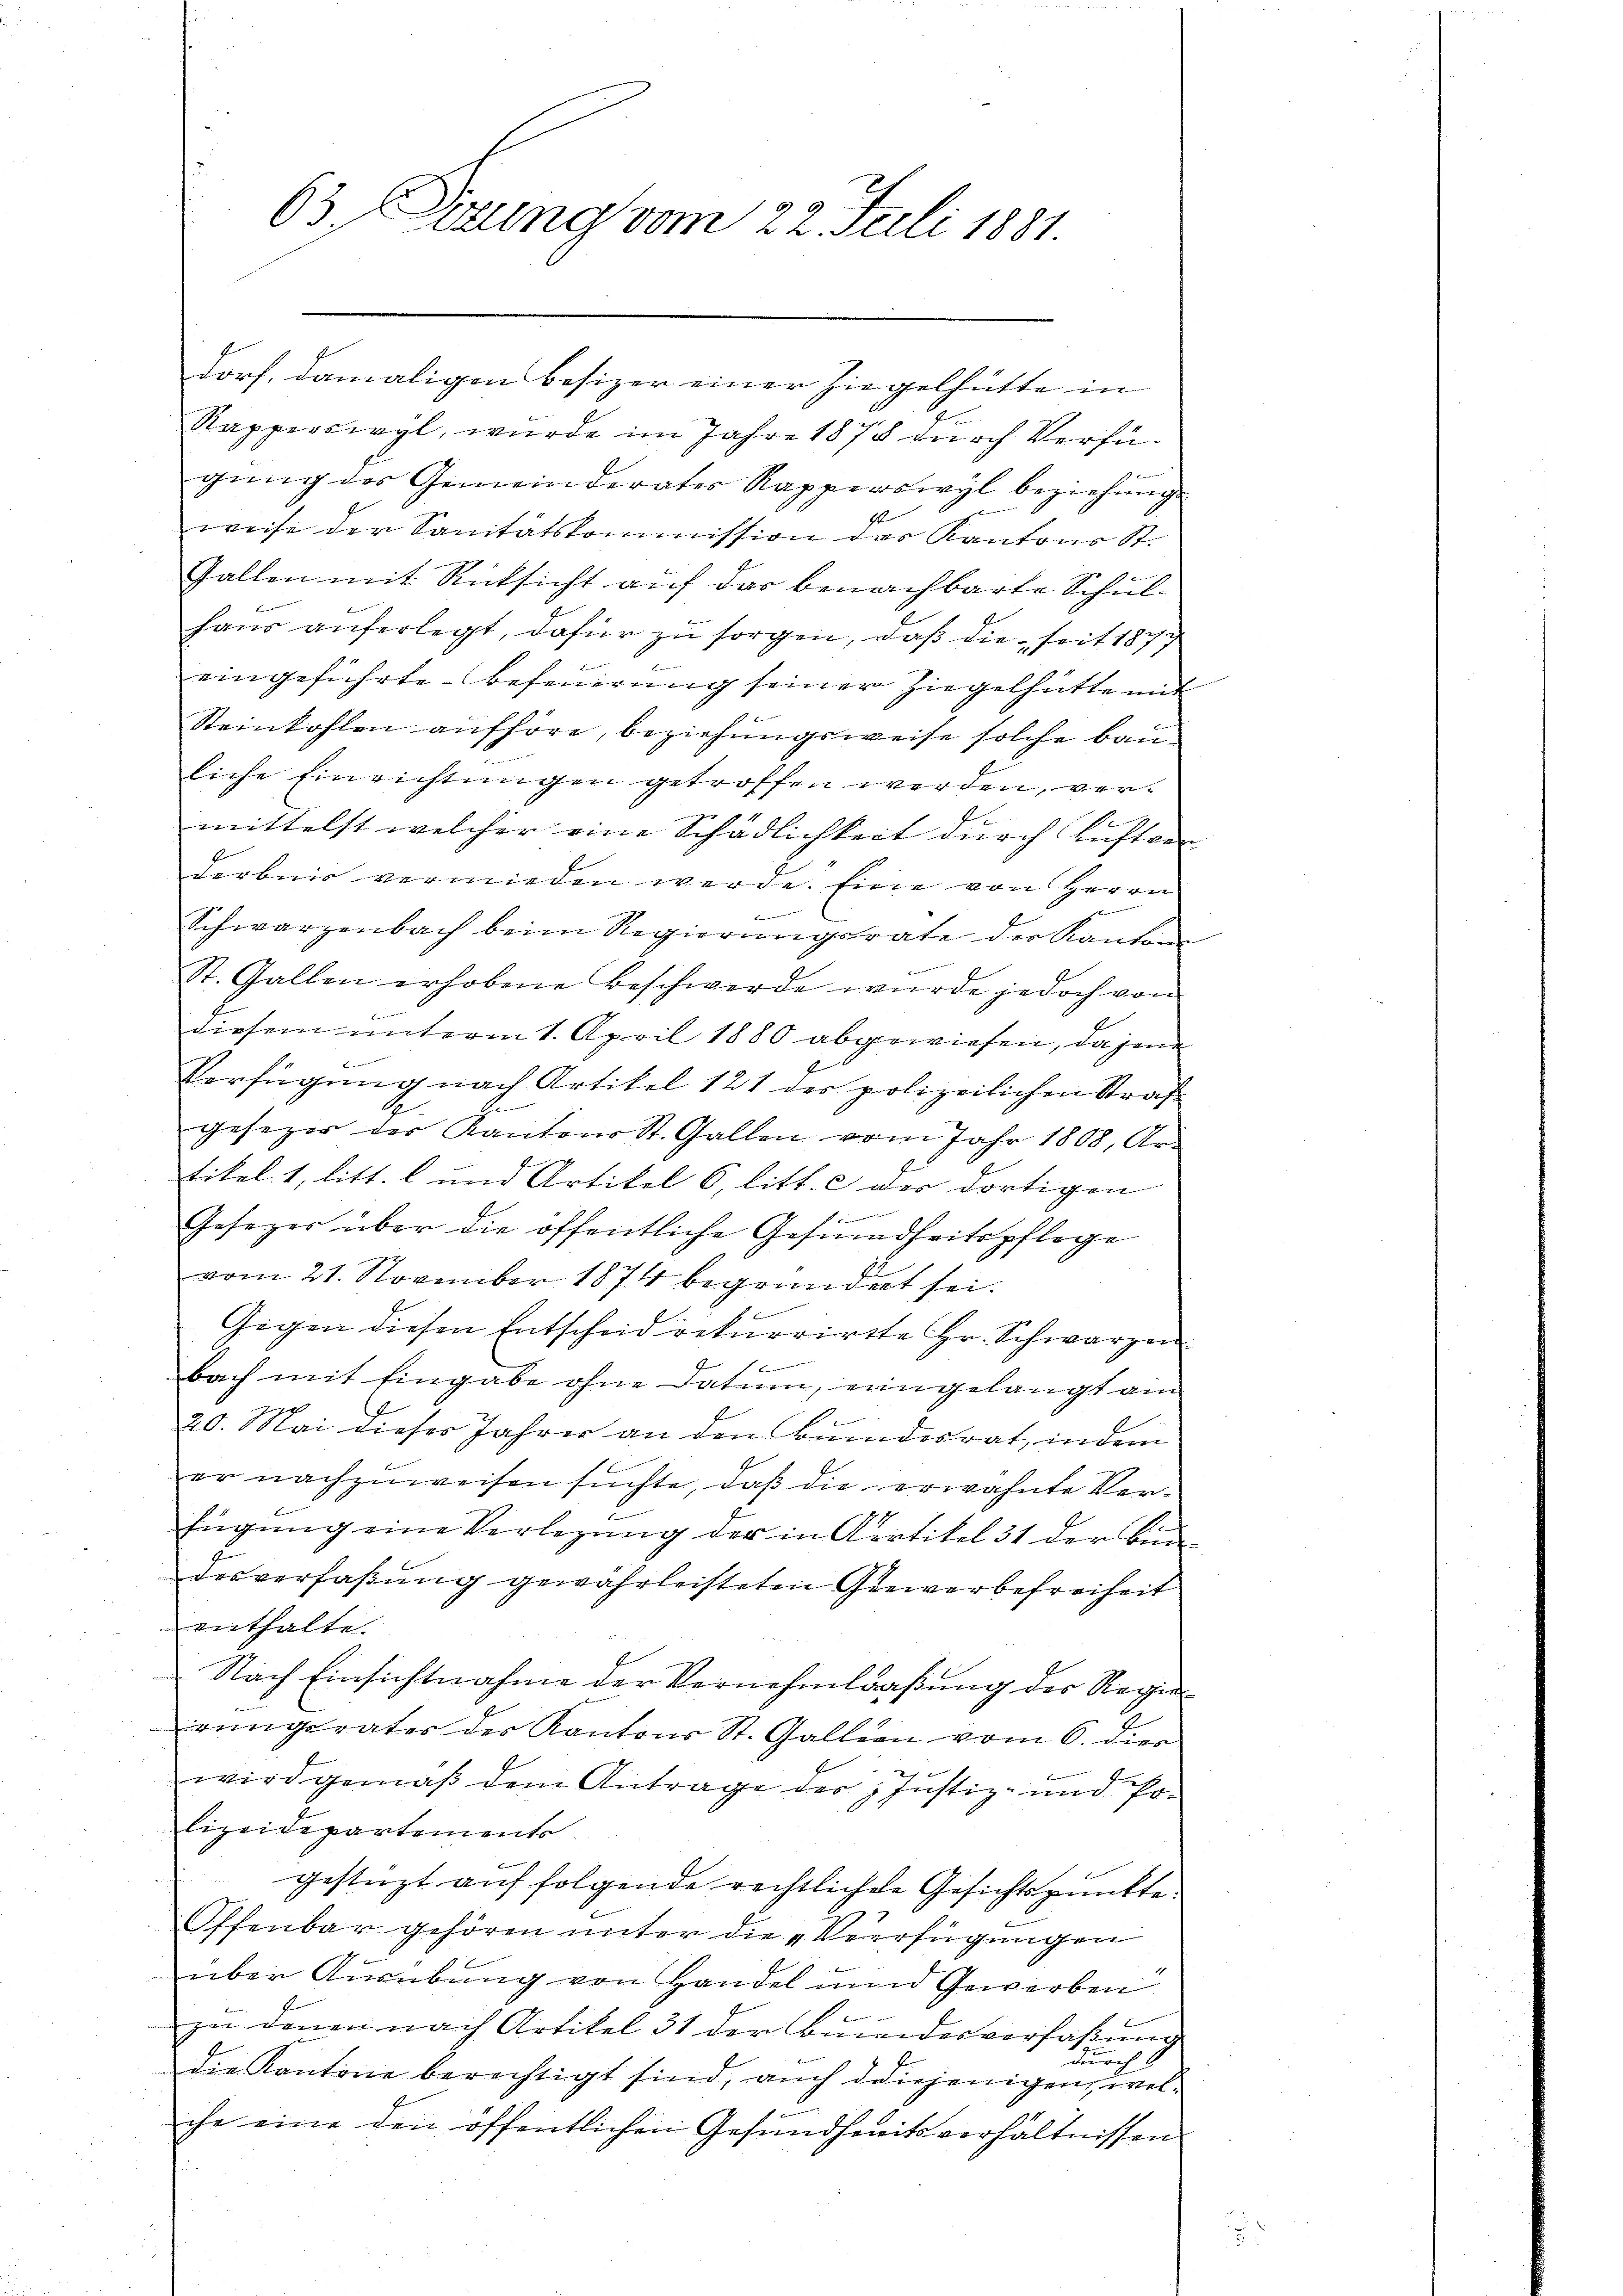
63. Dierung vom 22. Juli 1881

dorf, damaligen besizer einer Ziegelhütte in
Rapperswyl, wurde im Jahre 1878 durch Verfügung des Gemeinderater Rapperswyl beziehung
s
weise der Sanitätskommission des Kantons St.
Gallen mit Rücksicht auf das benachbarte Schulhaus auferlegt, dafür zu sorgen, daß die seit 1877
eingeführte Befeuerung seiner Ziegelhütte mit
Steinkohlen aufhöre, beziehungsweise solche bauliche Einrichtungen getroffen werden, vermittelst welcher eine Schädlichkeit durch Auftrag
derbnis vermieden werde. Eine von Herrn
f
.
Schwarzenbach beim Regierungsrate der Kantone
St. Gallen erhobene Beschwerde wurde jedoch von
diesem unterm 1. April 1880 abgewiesen, da jene
Verfügung nach Artikel 121 der polizeilichen Straf
E
gesezer der Kantons St. Gallen vom Jahr 1808, Ar
tikel 1, litt. b und Artikel 6, litt. c der dortigen
F
Gesezes über die öffentliche Gesundheitspflege
vom 21. November 1874 begründert sei.
Gegen diesen Entscheid rekurrirte Hr. Schwarzen
 f 2
bach mit Eingabe ohne Datum, eingelangt ain
20. Mai dieses Jahres an den Bundesrat, in dem
.
er nachzuweisen suchte, daß die erwähnte Verfügung eine Verlegung der in Artikel 31 der Bundesverfaßung gewährleisteten Gewerbefreiheit
enthalte.
Nach Einsichtnahme der Vernehmlaaßung der Regi
ringerates der Kantons St. Gallien vom 6. dies
wird gemäß dem Antrage der Justiz- und Polizeidepartements
gestüzt auf folgende rechtliche Gesichtspunkte.
Offenbar gehören unter die „Verfügungen
über Ausübung von Handel und Gewerben
zu denen nach Artikel 31 der Bundesverfaßung
durch
die Kantone berechtigt sind, auch diejenigen, welche eine den öffentlichen Gesundhereitsverhältnissen